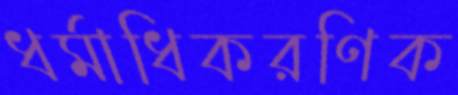
ধর্মাধিকরণিক